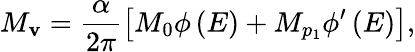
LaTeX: M_{\mathbf{v}}=\frac{{\alpha}}{{2\pi}}\left[M_{0}\phi\left(E\right)+M_{p_{1}}\phi^{\prime}\left(E\right)\right],